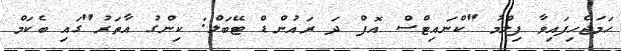
ހަމަޖެހިފައިވާ ފިލްމު "ކްނައިޓްސް އޮފް ދަ ރައުންޑް ޓޭބަލް: ކިންގު އާތަރު"ގައި ބެކަމް